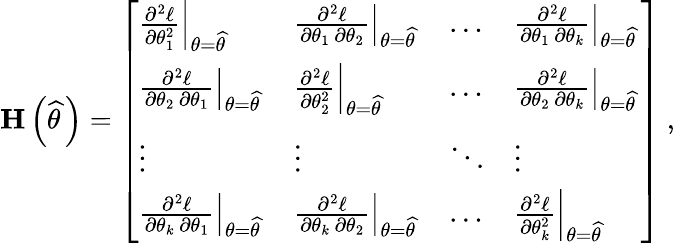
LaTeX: \mathbf{H}\left({\widehat{\theta\, }}\right)={\left[\begin{array}{llll}{\left.{\frac{\partial^{2}\ell}{\partial\theta_{1}^{2}}}\right|_{\theta={\widehat{\theta\, }}}}&{\left.{\frac{\partial^{2}\ell}{\partial\theta_{1}\, \partial\theta_{2}}}\right|_{\theta={\widehat{\theta\, }}}}&{\dots}&{\left.{\frac{\partial^{2}\ell}{\partial\theta_{1}\, \partial\theta_{k}}}\right|_{\theta={\widehat{\theta\, }}}}\\ {\left.{\frac{\partial^{2}\ell}{\partial\theta_{2}\, \partial\theta_{1}}}\right|_{\theta={\widehat{\theta\, }}}}&{\left.{\frac{\partial^{2}\ell}{\partial\theta_{2}^{2}}}\right|_{\theta={\widehat{\theta\, }}}}&{\dots}&{\left.{\frac{\partial^{2}\ell}{\partial\theta_{2}\, \partial\theta_{k}}}\right|_{\theta={\widehat{\theta\, }}}}\\ {\vdots}&{\vdots}&{\ddots}&{\vdots}\\ {\left.{\frac{\partial^{2}\ell}{\partial\theta_{k}\, \partial\theta_{1}}}\right|_{\theta={\widehat{\theta\, }}}}&{\left.{\frac{\partial^{2}\ell}{\partial\theta_{k}\, \partial\theta_{2}}}\right|_{\theta={\widehat{\theta\, }}}}&{\dots}&{\left.{\frac{\partial^{2}\ell}{\partial\theta_{k}^{2}}}\right|_{\theta={\widehat{\theta\, }}}}\end{array}\right]}~,